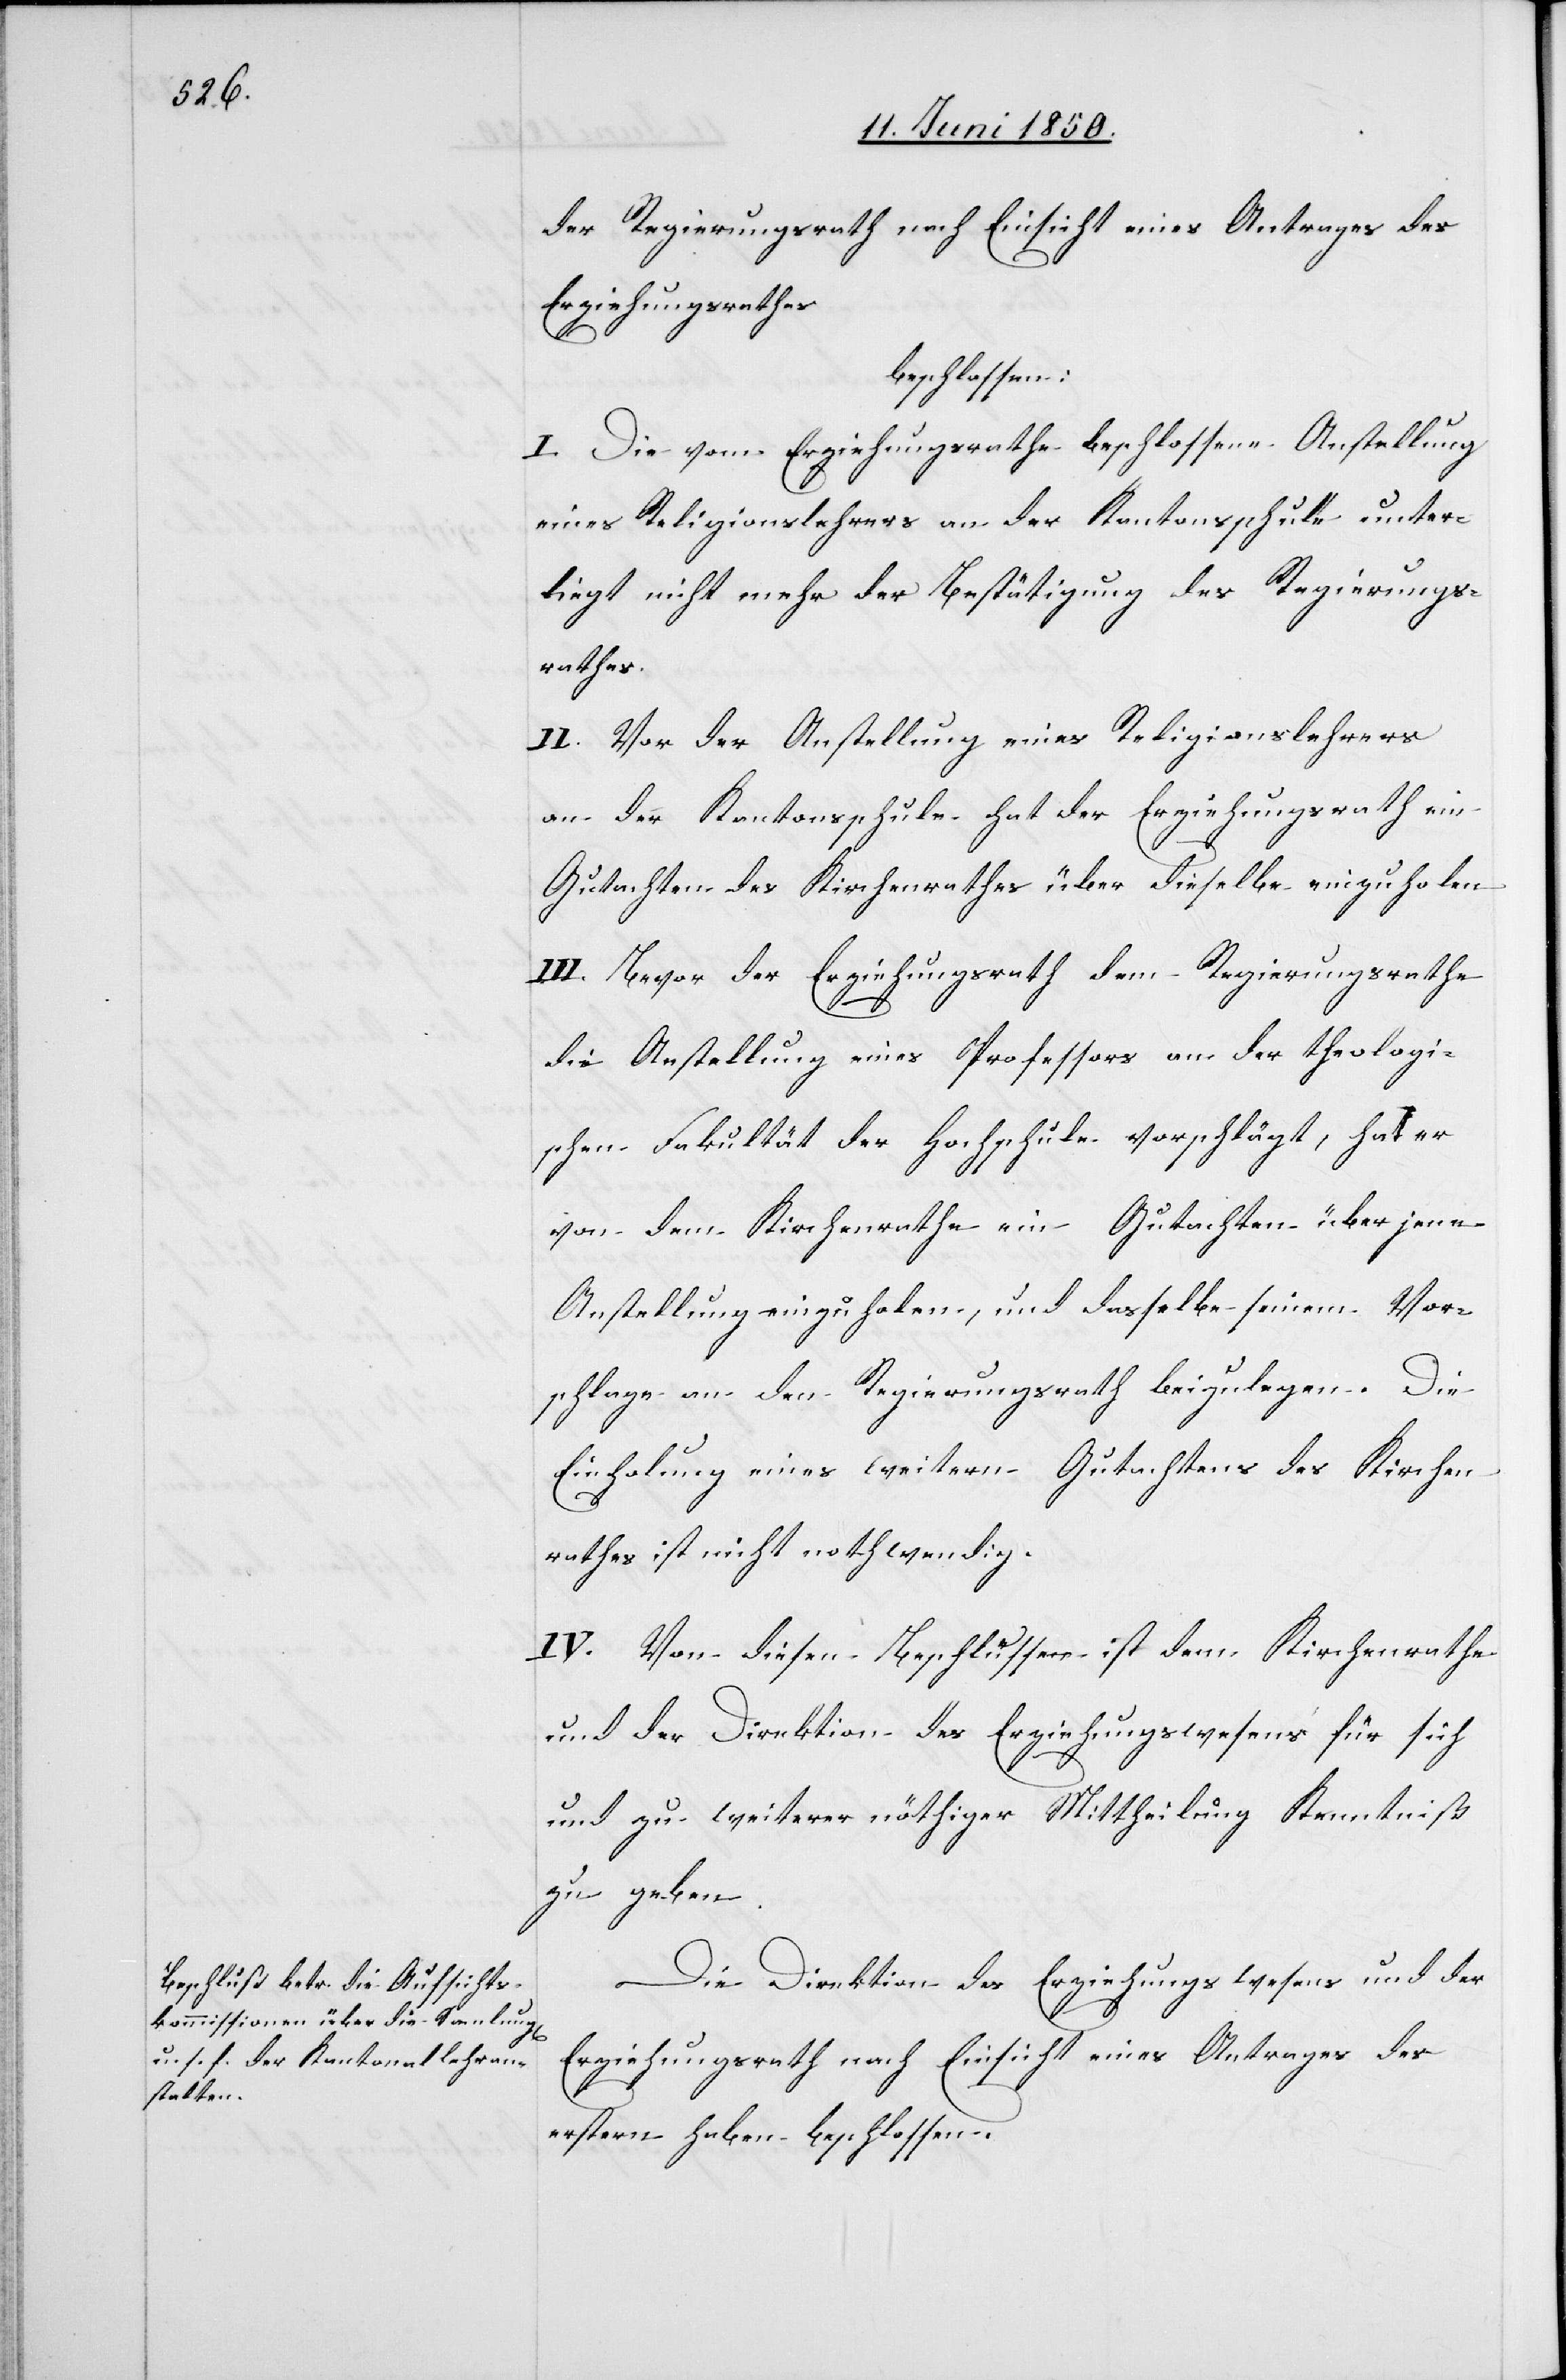
der Regierungsrath nach Einsicht eines Antrages des
Erziehungsrathes
beschlossen:
I. Die vom Erziehungsrathe beschlossene Anstellung
eines Religionslehrers an der Kantonsschule unter¬
liegt nicht mehr der Bestätigung des Regierungs¬
rathes.
II. Von der Anstellung eines Religionslehrers
an der Kantonsschule hat der Erziehungsrath ein
Gutachten des Kirchenrathes über dieselbe einzuholen.
III. Bevor der Erziehungsrath dem Regierungsrathe
die Anstellung eines Professors an der theologi¬
schen Fakultät der Hochschule vorschlägt, hat er
von dem Kirchenrathe ein Gutachten über jene
Anstellung einzuholen, und dasselbe seinem Vor¬
schlage an den Regierungsrath beizulegen. Die
Einholung eines weitern Gutachtens des Kirchen¬
rathes ist nicht nothwendig.
IV. Von diesen Beschlüssen ist dem Kirchenrathe
und der Direktion des Erziehungswesens für sich
und zu weiterer nöthiger Mittheilung Kenntniß
zu geben.
Die Direktion des Erziehungswesens und der
Erziehungsrath nach Einsicht eines Antrages des
erstern haben beschlossen,